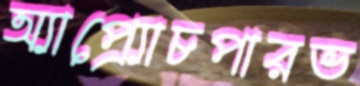
অ্যাপ্র্যোচপারভ